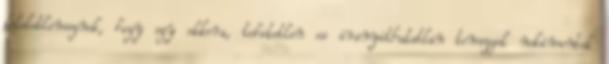
felelotlensegnek, hogy egy ekkora, tehetetlen es iranyithatatlan tomeggel nekimentek